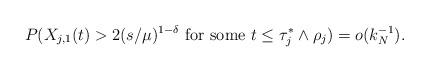
LaTeX: \begin{align*}P(X_{j,1}(t) > 2(s/\mu)^{1-\delta} \mbox{ for some }t \leq \tau_j^* \wedge \rho_j) = o(k_N^{-1}).\end{align*}